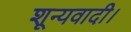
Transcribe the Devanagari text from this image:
शून्यवादी।